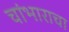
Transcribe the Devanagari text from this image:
चांभाराचा